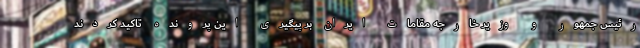
رئیس جمهور و وزیر خارجه مقامات ایران بر پیگیری این پرونده تاکید کردند